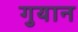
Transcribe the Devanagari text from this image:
गुयान